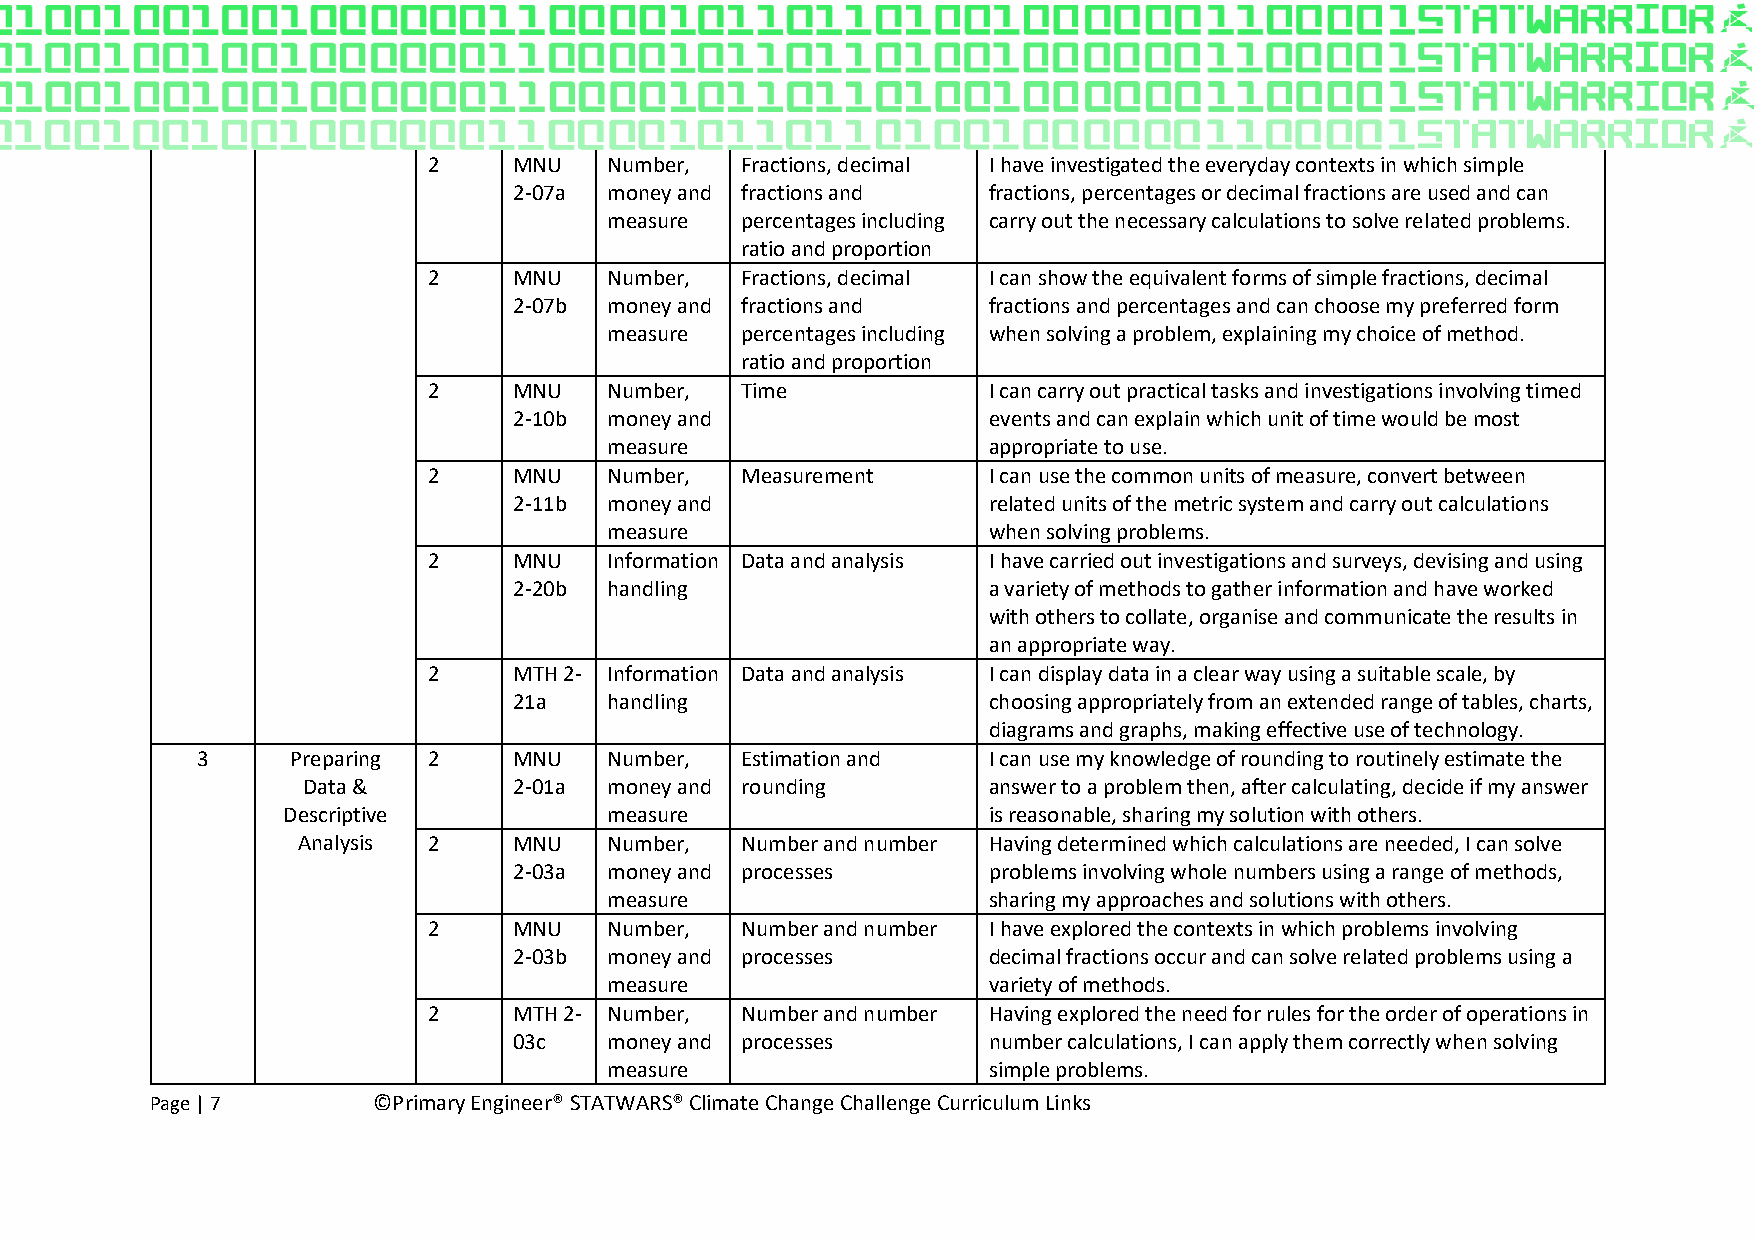
2     MNU   Number,  Fractions, decimal I have investigated the everyday contexts in which simple
 2-07a money and fractions and  fractions, percentages or decimal fractions are used and can
 measure  percentages including carry out the necessary calculations to solve related problems.
 ratio and proportion
 2     MNU   Number,  Fractions, decimal I can show the equivalent forms of simple fractions, decimal
 2-07b money and fractions and  fractions and percentages and can choose my preferred form
 measure  percentages including when solving a problem, explaining my choice of method.
 ratio and proportion
 2     MNU   Number,  Time            I can carry out practical tasks and investigations involving timed
 2-10b money and                events and can explain which unit of time would be most
 measure                  appropriate to use.
 2     MNU   Number,  Measurement     I can use the common units of measure, convert between
 2-11b money and                related units of the metric system and carry out calculations
 measure                  when solving problems.
 2     MNU   Information Data and analysis I have carried out investigations and surveys, devising and using
 2-20b handling                 a variety of methods to gather information and have worked
 with others to collate, organise and communicate the results in
 an appropriate way.
 2     MTH 2- Information Data and analysis I can display data in a clear way using a suitable scale, by
 21a   handling                 choosing appropriately from an extended range of tables, charts,
 diagrams and graphs, making effective use of technology.
 3     Preparing 2    MNU   Number,  Estimation and  I can use my knowledge of rounding to routinely estimate the
 Data &        2-01a money and rounding       answer to a problem then, after calculating, decide if my answer
 Descriptive          measure                  is reasonable, sharing my solution with others.
 Analysis 2    MNU   Number,  Number and number Having determined which calculations are needed, I can solve
 2-03a money and processes      problems involving whole numbers using a range of methods,
 measure                  sharing my approaches and solutions with others.
 2     MNU   Number,  Number and number I have explored the contexts in which problems involving
 2-03b money and processes      decimal fractions occur and can solve related problems using a
 measure                  variety of methods.
 2     MTH 2- Number, Number and number Having explored the need for rules for the order of operations in
 03c   money and processes      number calculations, I can apply them correctly when solving
 measure                  simple problems.
 Page | 7       ©Primary Engineer® STATWARS® Climate Change Challenge Curriculum Links